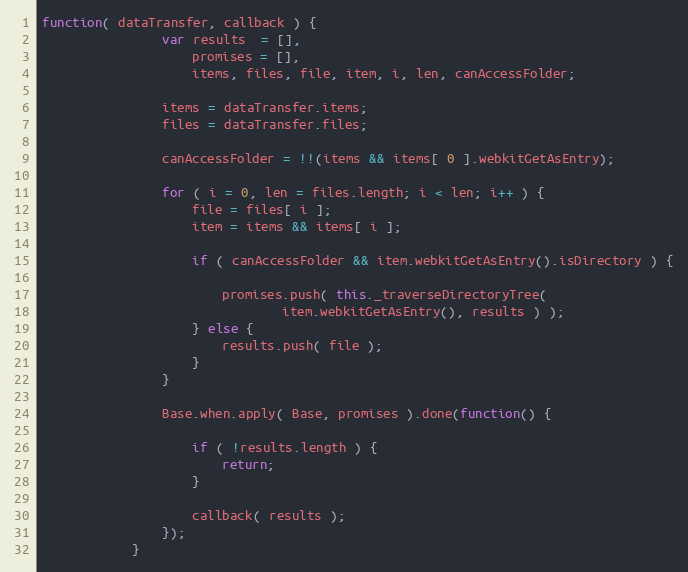
Language: JavaScript
function( dataTransfer, callback ) {
                var results  = [],
                    promises = [],
                    items, files, file, item, i, len, canAccessFolder;

                items = dataTransfer.items;
                files = dataTransfer.files;

                canAccessFolder = !!(items && items[ 0 ].webkitGetAsEntry);

                for ( i = 0, len = files.length; i < len; i++ ) {
                    file = files[ i ];
                    item = items && items[ i ];

                    if ( canAccessFolder && item.webkitGetAsEntry().isDirectory ) {

                        promises.push( this._traverseDirectoryTree(
                                item.webkitGetAsEntry(), results ) );
                    } else {
                        results.push( file );
                    }
                }

                Base.when.apply( Base, promises ).done(function() {

                    if ( !results.length ) {
                        return;
                    }

                    callback( results );
                });
            }